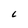
Character: C